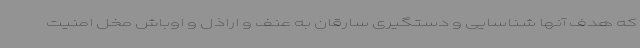
که هدف آنها شناسایی و دستگیری سارقان به عنف و اراذل و اوباش مخل امنیت